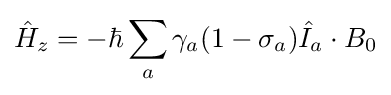
{\hat {H}}_{z}=-\hbar \sum _{a}\gamma _{a}(1-\sigma _{a}){\hat {I}}_{a}\cdot B_{0}